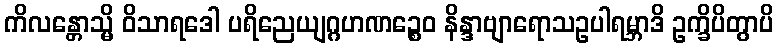
ကိလန္တောသ္မိ ဝိသာရဒေါ ပရိညေယျဂ္ဂဟဏဉ္စေဝ နိန္ဒာဗျာရောသဥပါရမ္ဘာဒိ ဥက္ခိပိတွာပိ